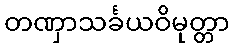
တဏှာသင်္ခယဝိမုတ္တာ